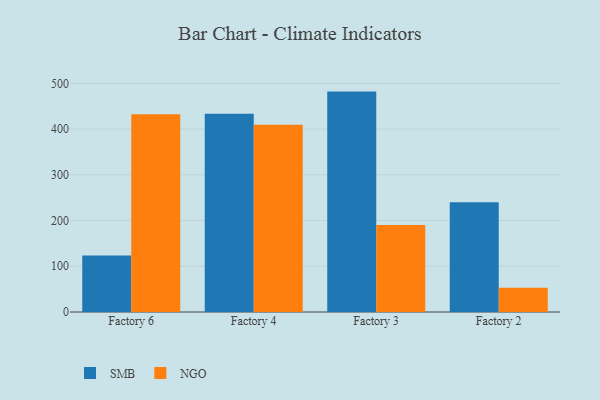
{"axis": {"x": "Factory", "y": "Waste Production (Tons)"}, "legend": ["NGO", "SMB"], "data": [{"x": "Factory 6", "y": 123.4, "type": "SMB"}, {"x": "Factory 6", "y": 432.4, "type": "NGO"}, {"x": "Factory 4", "y": 433.5, "type": "SMB"}, {"x": "Factory 4", "y": 409.3, "type": "NGO"}, {"x": "Factory 3", "y": 482.0, "type": "SMB"}, {"x": "Factory 3", "y": 190.4, "type": "NGO"}, {"x": "Factory 2", "y": 239.9, "type": "SMB"}, {"x": "Factory 2", "y": 52.9, "type": "NGO"}]}